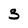
Character: 3